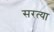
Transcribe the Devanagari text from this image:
सरत्या